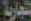
التجارية